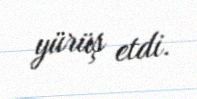
yürüş etdi.